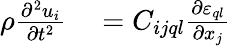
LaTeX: \begin{array}{rl}{\rho\frac{\partial^{2}u_{i}}{\partial t^{2}}}&{{}=C_{ijql}\frac{\partial\varepsilon_{ql}}{\partial x_{j}}}\end{array}